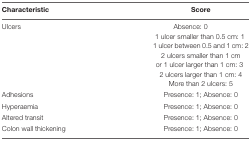
<table><thead><tr><td><b>Characteristic</b></td><td><b>Score</b></td></tr></thead><tbody><tr><td>Ulcers</td><td>Absence: 0</td></tr><tr><td></td><td>1 ulcer smaller than 0.5 cm: 1</td></tr><tr><td></td><td>1 ulcer between 0.5 and 1 cm: 2</td></tr><tr><td></td><td>2 ulcers smaller than 1 cm or 1 ulcer larger than 1 cm: 3</td></tr><tr><td></td><td>2 ulcers larger than 1 cm: 4</td></tr><tr><td></td><td>More than 2 ulcers: 5</td></tr><tr><td>Adhesions</td><td>Presence: 1; Absence: 0</td></tr><tr><td>Hyperaemia</td><td>Presence: 1; Absence: 0</td></tr><tr><td>Altered transit</td><td>Presence: 1; Absence: 0</td></tr><tr><td>Colon wall thickening</td><td>Presence: 1; Absence: 0</td></tr></tbody></table>